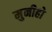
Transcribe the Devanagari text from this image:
मुनीहो